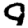
Digit: 9